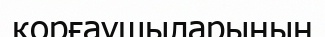
қорғаушыларының